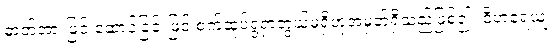
ဓာတ်အားဖြင့် ဆောင်ခြင်းဖြင့် စက်ဆုပ်ရွံရှာဘွယ်မရှိဟုအမှတ်ရှိသည်ဖြစ်၍။ ဝိဟရေယျ၊